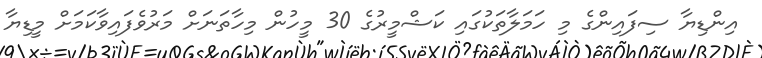
އިންޑިޔާ ސިފައިންގެ މި ހަމަލާތަކުގައި ކަޝްމީރުގެ 30 މީހުން މިހާތަނަށް މަރުވެފައިވާކަމަށް މީޑިޔާ